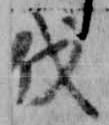
伐